Source: Handwritten
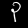
Digit: ၃ (3)